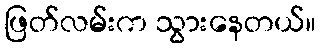
ဖြတ်လမ်းက သွားနေတယ်။